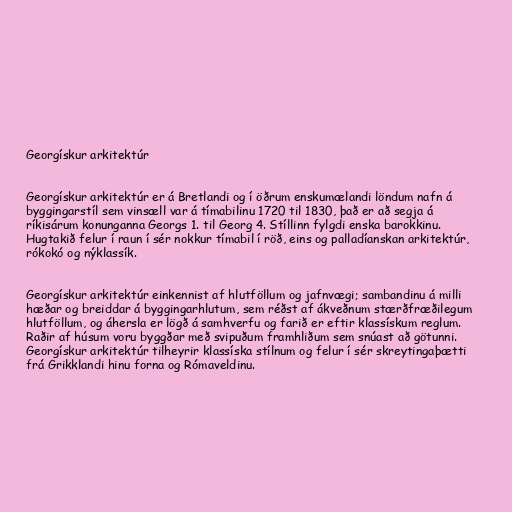
Georgískur arkitektúr

Georgískur arkitektúr er á Bretlandi og í öðrum enskumælandi löndum nafn á
byggingarstíl sem vinsæll var á tímabilinu 1720 til 1830, það er að segja á
ríkisárum konunganna Georgs 1. til Georg 4. Stíllinn fylgdi enska barokkinu.
Hugtakið felur í raun í sér nokkur tímabil í röð, eins og palladíanskan arkitektúr,
rókokó og nýklassík.

Georgískur arkitektúr einkennist af hlutföllum og jafnvægi; sambandinu á milli
hæðar og breiddar á byggingarhlutum, sem réðst af ákveðnum stærðfræðilegum
hlutföllum, og áhersla er lögð á samhverfu og farið er eftir klassískum reglum.
Raðir af húsum voru byggðar með svipuðum framhliðum sem snúast að götunni.
Georgískur arkitektúr tilheyrir klassíska stílnum og felur í sér skreytingaþætti
frá Grikklandi hinu forna og Rómaveldinu.